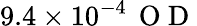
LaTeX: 9.4\times 10^{-4}\, \mathrm{~O~D~}